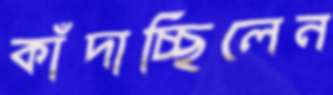
কাঁদাচ্ছিলেন